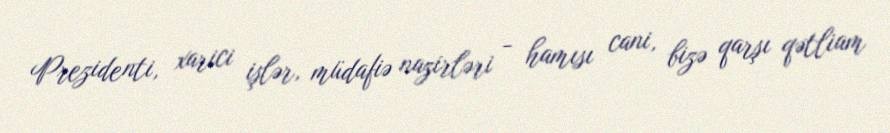
Prezidenti, xarici işlər, müdafiə nazirləri - hamısı cani, bizə qarşı qətliam